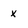
Character: x